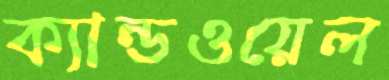
ক্যান্ডওয়েল